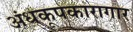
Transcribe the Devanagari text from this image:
अंधकूपकारागार